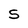
Character: S